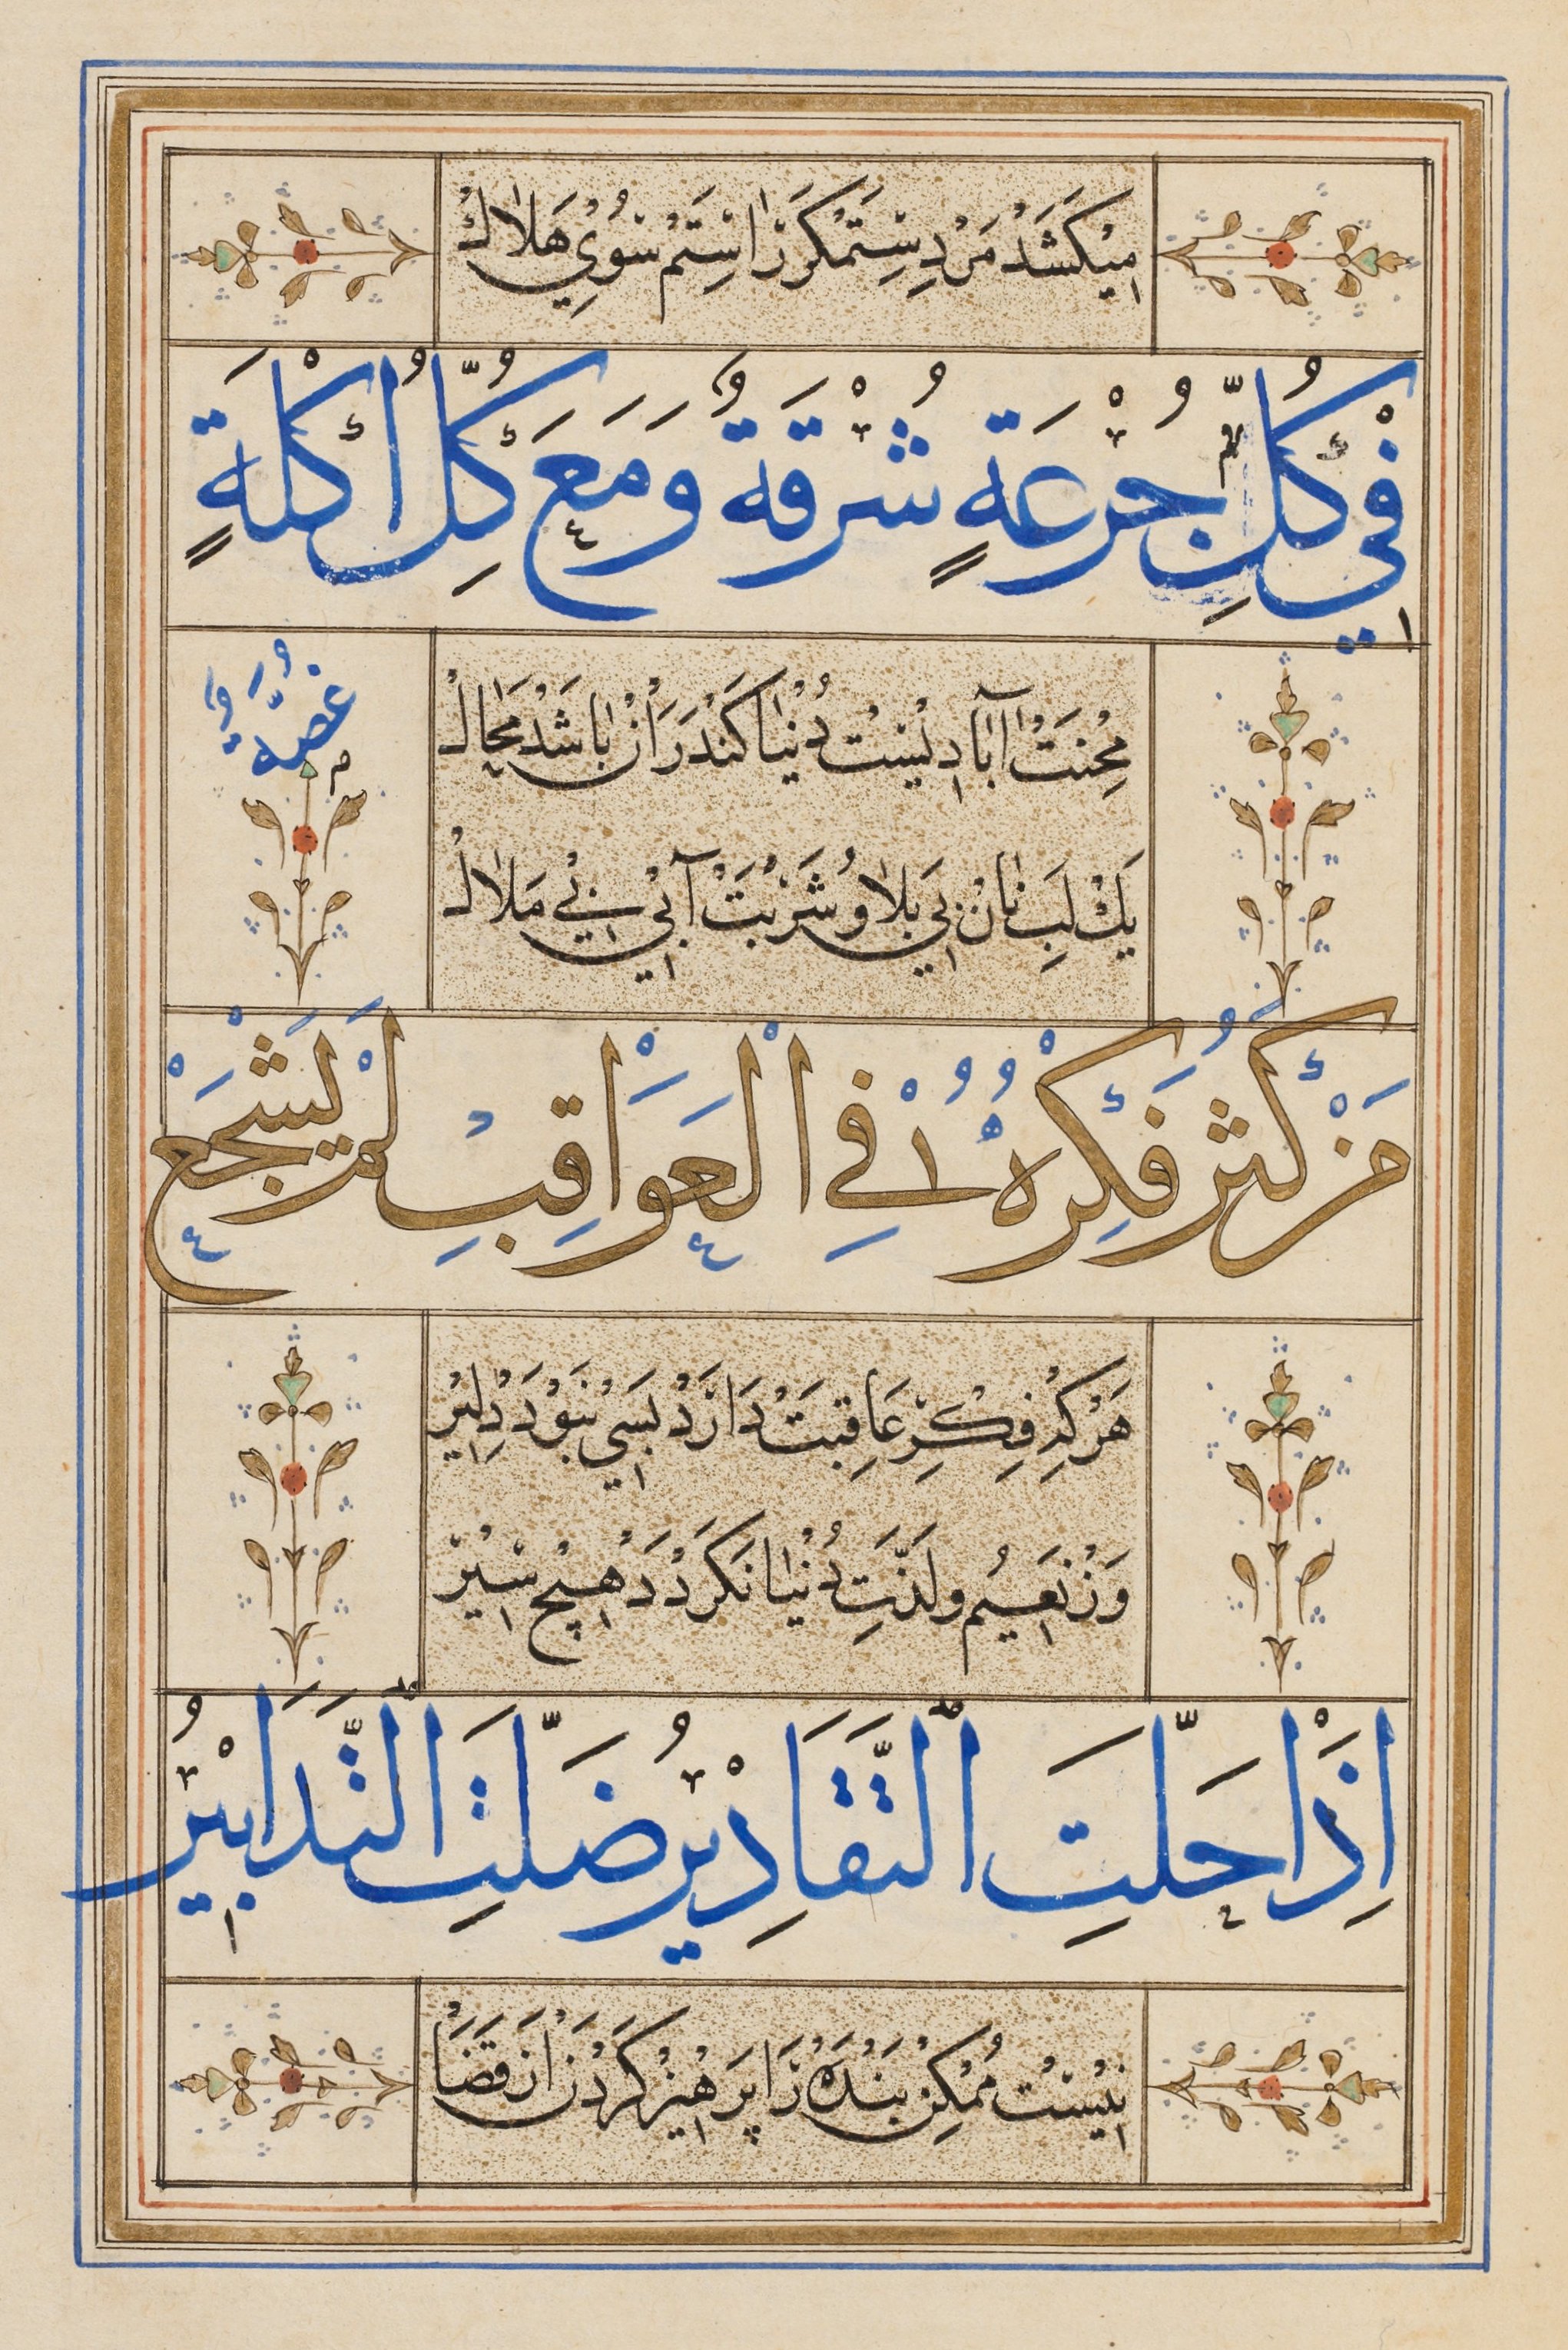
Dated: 1545–1545